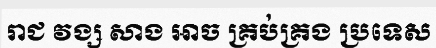
រាជ វង្ស សាង អាច គ្រប់គ្រង ប្រទេស